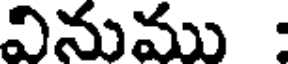
వినుము :